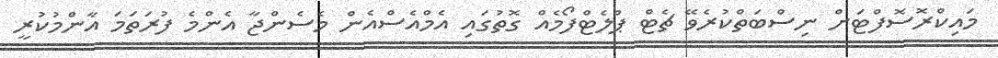
މައިކްރޮސޮފްޓަށް ނިސްބަތްކުރެވޭ ޗެޓް ޕްލެޓްފޯމެއް ގޮތުގައި އެމްއެސްއެން މެސެންޖާ އެންމެ ފުރަތަމަ އާންމުކުރީ